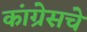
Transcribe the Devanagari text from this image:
कांग्रेसचे